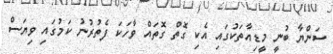
ސަންޔާ ބުނީ މީޑިއާތަކުގައި އެކި ގޮތް ގޮތައް ވާހަކަ ފެތުރުނު ކަމުގައި ވިޔަސް